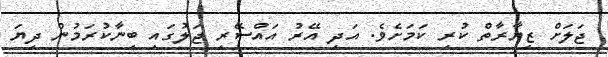
ޖަލަށް ޒިޔާރާތް ކުރި ކަމަށެވެ. އަދި އޭރު އައްސޭރި ޖަލުގައި ބިނާކުރަމުން ދިޔަ